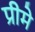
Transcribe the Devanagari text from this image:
प्रीमे